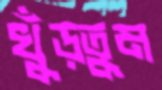
খুঁড়তুম